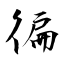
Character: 徧